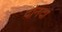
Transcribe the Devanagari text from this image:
दोनदां